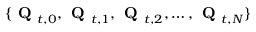
\{ \textbf { Q } _ { t , 0 } , \textbf { Q } _ { t , 1 } , \textbf { Q } _ { t , 2 } , \dots , \textbf { Q } _ { t , N } \}